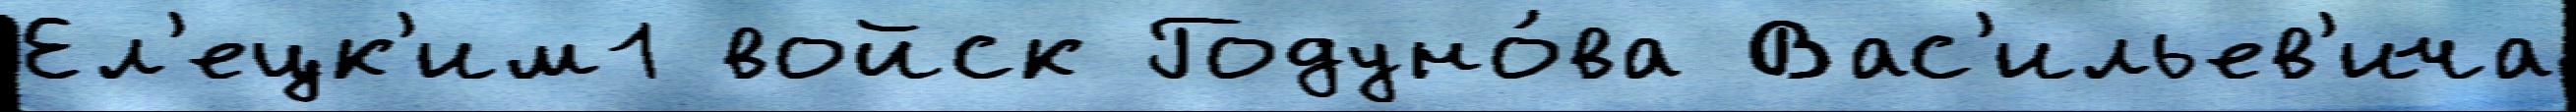
Ел'ецк'им1 войск Годуно́ва Вас'ильев'ича